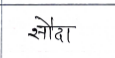
मजकूर: सौदा